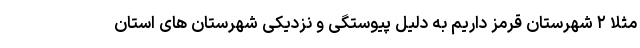
مثلا ۲ شهرستان قرمز داریم به دلیل پیوستگی و نزدیکی شهرستان های استان